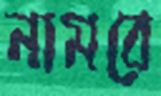
নামরে